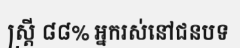
ស្ត្រី ៨៨% អ្នករស់នៅជនបទ